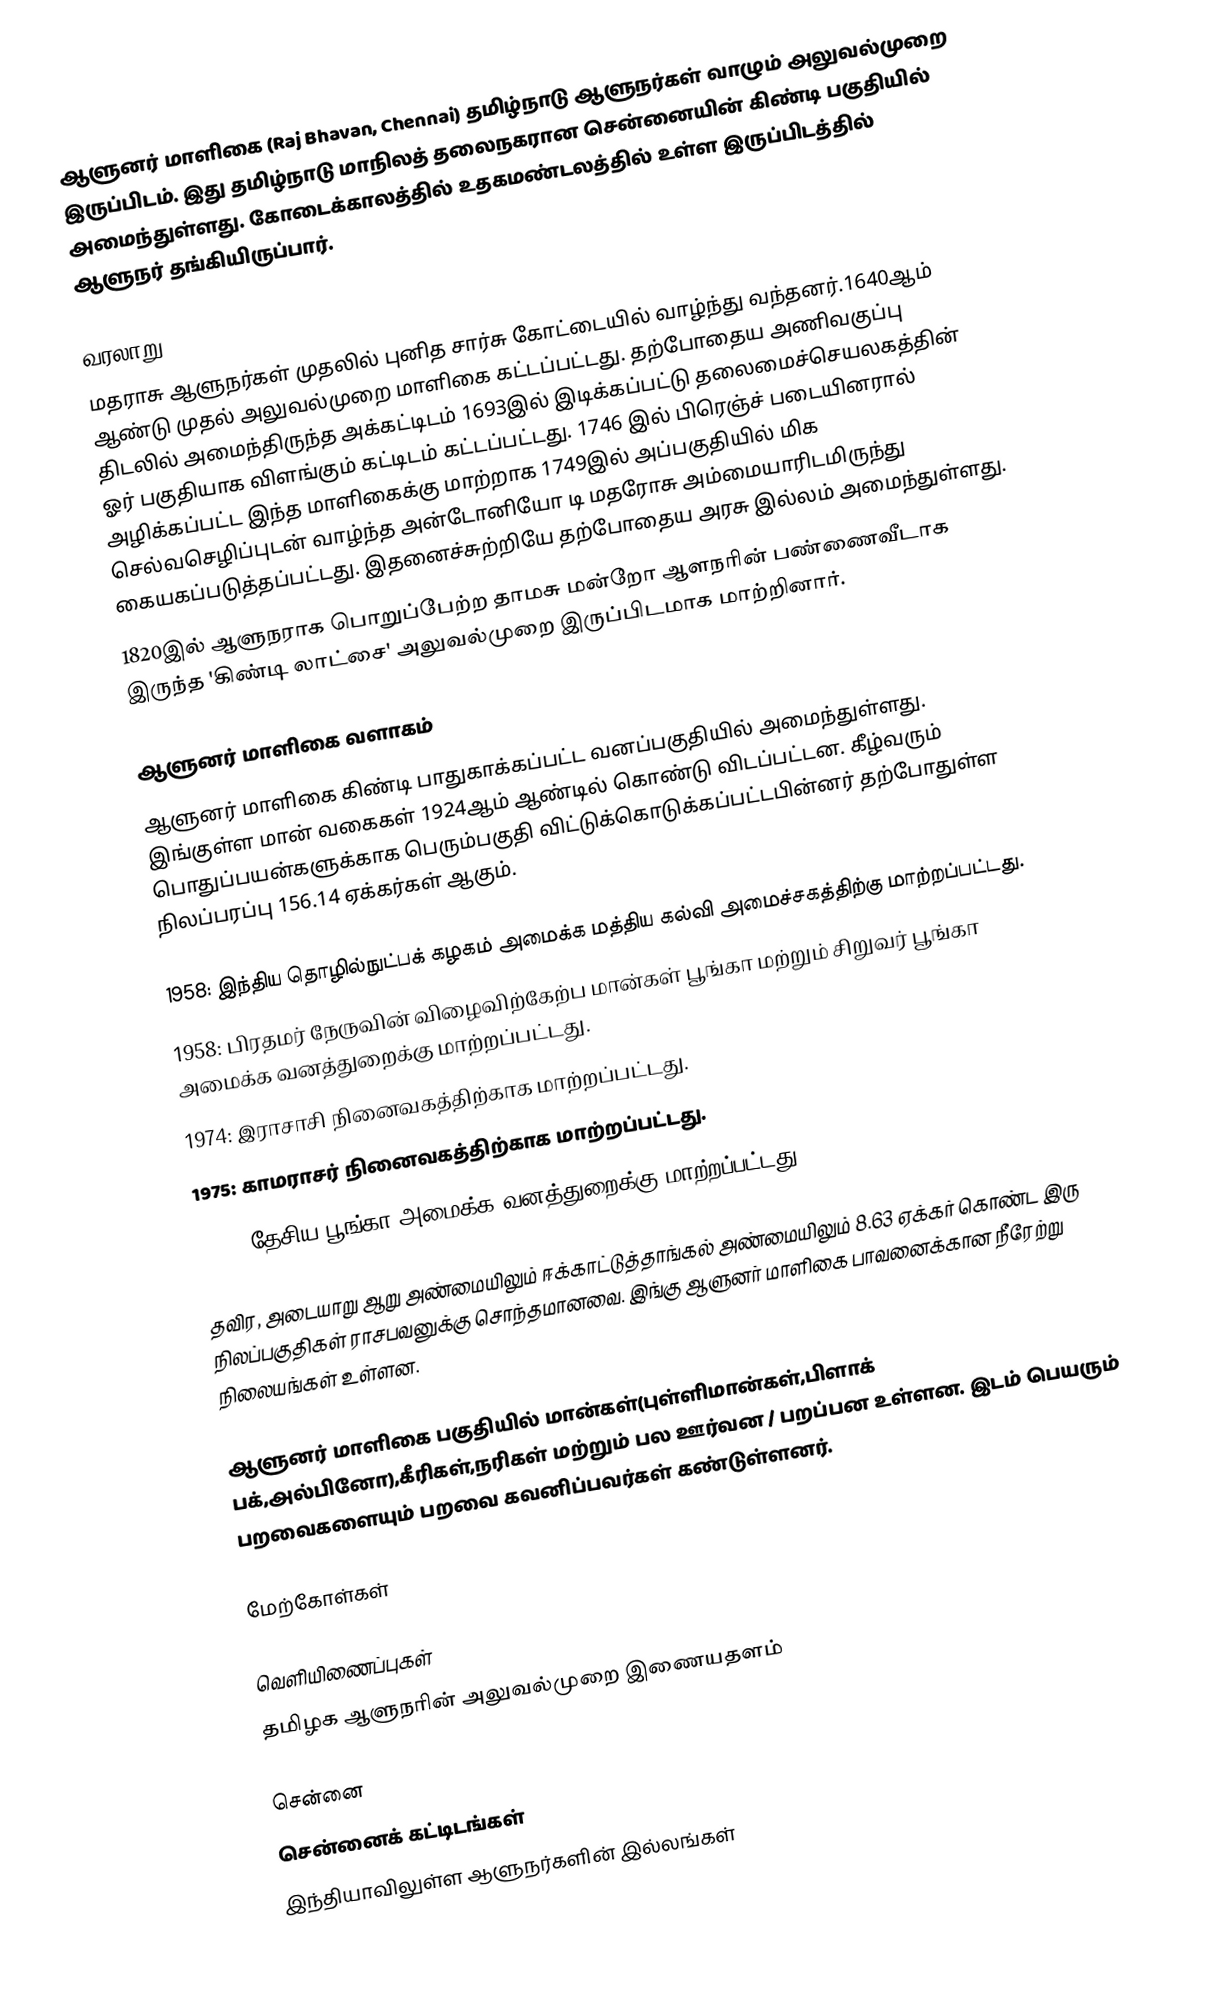
ஆளுனர் மாளிகை (Raj Bhavan, Chennai) தமிழ்நாடு ஆளுநர்கள் வாழும் அலுவல்முறை இருப்பிடம். இது தமிழ்நாடு மாநிலத் தலைநகரான சென்னையின்  கிண்டி பகுதியில் அமைந்துள்ளது. கோடைக்காலத்தில் உதகமண்டலத்தில் உள்ள இருப்பிடத்தில் ஆளுநர் தங்கியிருப்பார்.

வரலாறு
மதராசு ஆளுநர்கள் முதலில் புனித சார்சு கோட்டையில் வாழ்ந்து வந்தனர்.1640ஆம் ஆண்டு முதல் அலுவல்முறை மாளிகை கட்டப்பட்டது. தற்போதைய அணிவகுப்பு திடலில் அமைந்திருந்த அக்கட்டிடம் 1693இல் இடிக்கப்பட்டு தலைமைச்செயலகத்தின் ஓர் பகுதியாக விளங்கும் கட்டிடம் கட்டப்பட்டது. 1746 இல் பிரெஞ்ச் படையினரால் அழிக்கப்பட்ட இந்த மாளிகைக்கு மாற்றாக 1749இல் அப்பகுதியில் மிக செல்வசெழிப்புடன் வாழ்ந்த அன்டோனியோ டி மதரோசு அம்மையாரிடமிருந்து கையகப்படுத்தப்பட்டது. இதனைச்சுற்றியே தற்போதைய அரசு இல்லம் அமைந்துள்ளது.
1820இல் ஆளுநராக பொறுப்பேற்ற தாமசு மன்றோ ஆளநரின் பண்ணைவீடாக இருந்த 'கிண்டி லாட்சை' அலுவல்முறை இருப்பிடமாக மாற்றினார்.

ஆளுனர் மாளிகை வளாகம்
ஆளுனர் மாளிகை கிண்டி பாதுகாக்கப்பட்ட வனப்பகுதியில் அமைந்துள்ளது. இங்குள்ள மான் வகைகள் 1924ஆம் ஆண்டில் கொண்டு விடப்பட்டன. கீழ்வரும் பொதுப்பயன்களுக்காக பெரும்பகுதி விட்டுக்கொடுக்கப்பட்டபின்னர் தற்போதுள்ள நிலப்பரப்பு 156.14 ஏக்கர்கள் ஆகும்.

 1958: இந்திய தொழில்நுட்பக் கழகம் அமைக்க மத்திய கல்வி அமைச்சகத்திற்கு மாற்றப்பட்டது.
 1958: பிரதமர் நேருவின் விழைவிற்கேற்ப மான்கள் பூங்கா மற்றும் சிறுவர் பூங்கா அமைக்க வனத்துறைக்கு மாற்றப்பட்டது.
 1974: இராசாசி நினைவகத்திற்காக மாற்றப்பட்டது.
 1975: காமராசர் நினைவகத்திற்காக மாற்றப்பட்டது.
 1977: தேசிய பூங்கா அமைக்க வனத்துறைக்கு மாற்றப்பட்டது.

தவிர, அடையாறு ஆறு அண்மையிலும் ஈக்காட்டுத்தாங்கல் அண்மையிலும் 8.63 ஏக்கர் கொண்ட இரு நிலப்பகுதிகள் ராசபவனுக்கு சொந்தமானவை. இங்கு ஆளுனர் மாளிகை பாவனைக்கான நீரேற்று நிலையங்கள் உள்ளன.

ஆளுனர் மாளிகை பகுதியில் மான்கள்(புள்ளிமான்கள்,பிளாக் பக்,அல்பினோ),கீரிகள்,நரிகள் மற்றும் பல ஊர்வன / பறப்பன உள்ளன. இடம் பெயரும் பறவைகளையும் பறவை கவனிப்பவர்கள் கண்டுள்ளனர்.

மேற்கோள்கள்

வெளியிணைப்புகள்
தமிழக ஆளுநரின் அலுவல்முறை இணையதளம்

சென்னை
சென்னைக் கட்டிடங்கள்
இந்தியாவிலுள்ள ஆளுநர்களின் இல்லங்கள்